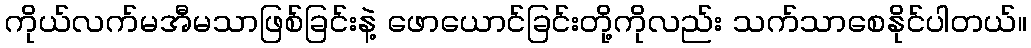
ကိုယ်လက်မအီမသာဖြစ်ခြင်းနဲ့ ဖောယောင်ခြင်းတို့ကိုလည်း သက်သာစေနိုင်ပါတယ်။